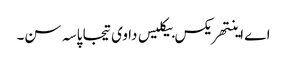
اے اینتھریکس بیکلیس دا وی تیجا پاسہ سن۔